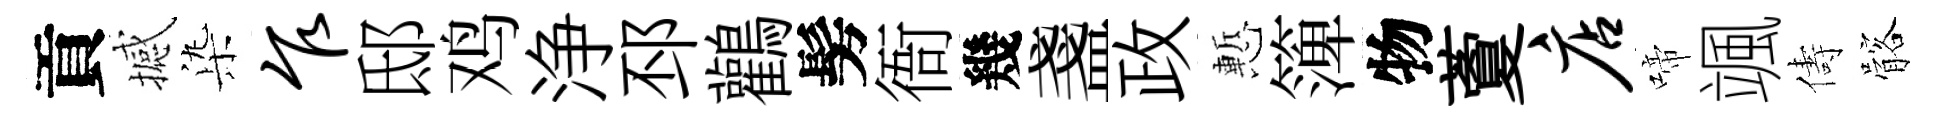
貢撼𣑱乍邸鸡浄邳鸛髣衙幾盞政慙𥱼物藑店啼颯儔髂